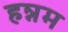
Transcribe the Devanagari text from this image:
हन्नम